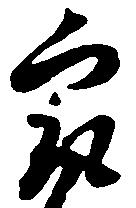
最